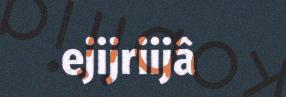
ejijriijâ